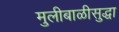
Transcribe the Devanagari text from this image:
मुलीबाळीसुद्धा